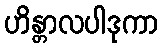
ဟိန္တာလပါဒုကာ